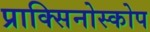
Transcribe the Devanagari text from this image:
प्राक्सिनोस्कोप